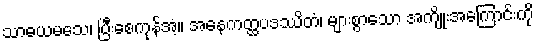
သာဓယမသေ၊ ပြီးစေကုန်အံ့။ အနေကတ္ထပဒဿိတံ၊ များစွာသော အကျိုးအကြောင်းကို